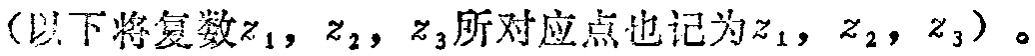
（以下将复数\(z_1\)，\(z_2\)，\(z_3\)所对应点也记为\(z_1\)，\(z_2\)，\(z_3\)）。